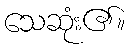
သေဆုံး၏။